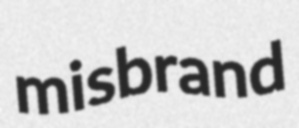
misbrand